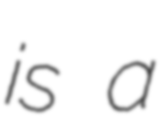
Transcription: is a